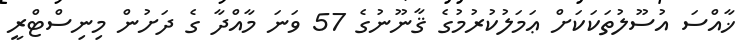
ޚާއްސަ އުސޫލުތަކަކަށް ޢަމަލުކުރުމުގެ ޤާނޫނުގެ 57 ވަނަ މާއްދާ ގެ ދަށުން މިނިސްޓްރީ